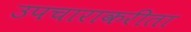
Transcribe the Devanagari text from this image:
उपचाराकरीता